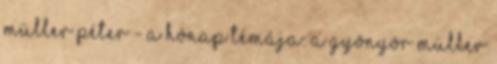
Müller Péter - A hónap témája: A gyönyör Müller